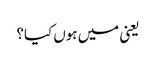
یعنی میں ہوں کیا؟